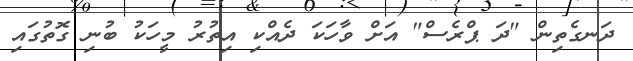
ދަނގެތިން "ދަ ޕްރެސް" އަށް ވާހަކަ ދެއްކި އިތުރު މީހަކު ބުނި ގޮތުގައި